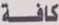
كافة